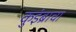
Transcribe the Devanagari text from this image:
कुइंब्राचा